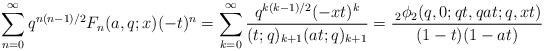
LaTeX: \begin{align*} \sum_{n=0}^{\infty}q^{n(n-1)/2}F_{n}(a,q;x)(-t)^{n} =\sum_{k=0}^{\infty}\frac{q^{k(k-1)/2}(-xt)^{k}}{(t;q)_{k+1}(at;q)_{k+1}} =\frac{\,_{2}\phi_{2}(q,0;qt,qat;q,xt)}{(1-t)(1-at)} \end{align*}